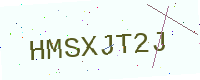
Text: HMSXJT2J